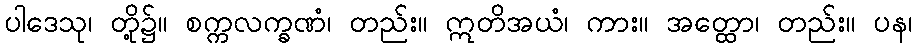
ပါဒေသု၊ တို့၌။ စက္ကလက္ခဏံ၊ တည်း။ ဣတိအယံ၊ ကား။ အတ္ထော၊ တည်း။ ပန၊